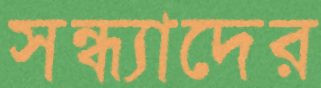
সন্ধ্যাদের